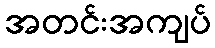
အတင်းအကျပ်